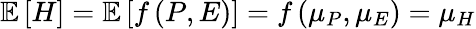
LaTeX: \mathop{{}\mathbb{E}}\left[H\right]=\mathop{{}\mathbb{E}}\left[f\left(P,E\right)\right]=f\left(\mu_{P},\mu_{E}\right)=\mu_{H}